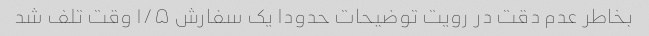
بخاطر عدم دقت در رویت توضیحات حدودا یک سفارش ۱/۵ وقت تلف شد